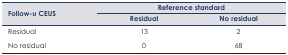
| <ROWSPAN=2> Follow-u CEUS | <COLSPAN=2> Reference standard |
 | Residual | No residual |
 | --- | --- | --- |
 | Residual | 13 | 2 |
 | No residual | 0 | 68 |